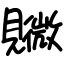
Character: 覹